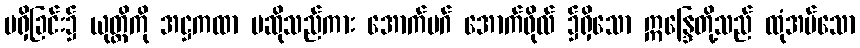
မရှိခြင်း၌ ယုတ္တိကို အဋ္ဌကထာ မဆိုသည်ကား အောက်မဂ် အောက်ဖိုလ် ၌ရှိသော ဣန္ဒြေတို့သည် ထုံအပ်သော